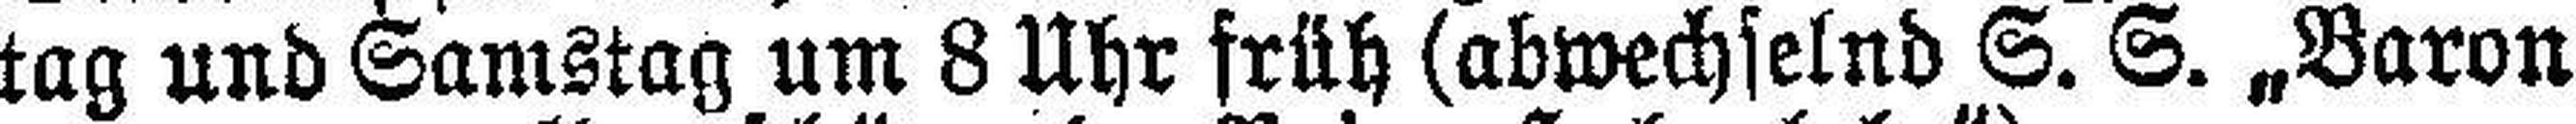
tag und Samstag um 8 Uhr früh (abwechselnd S. S. „Baron